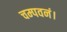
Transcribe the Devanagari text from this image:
चम्पवनं।